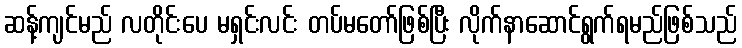
ဆန့်ကျင်မည် လတိုင်းပေ မရှင်းလင်း တပ်မတော်ဖြစ်ပြီး လိုက်နာဆောင်ရွက်ရမည်ဖြစ်သည်